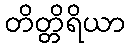
တိတ္တိရိယာ